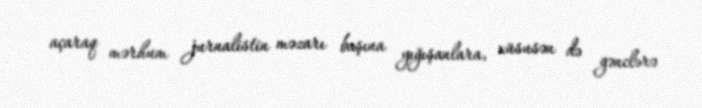
açaraq mərhum jurnalistin məzarı başına yığışanlara, xüsusən də gənclərə